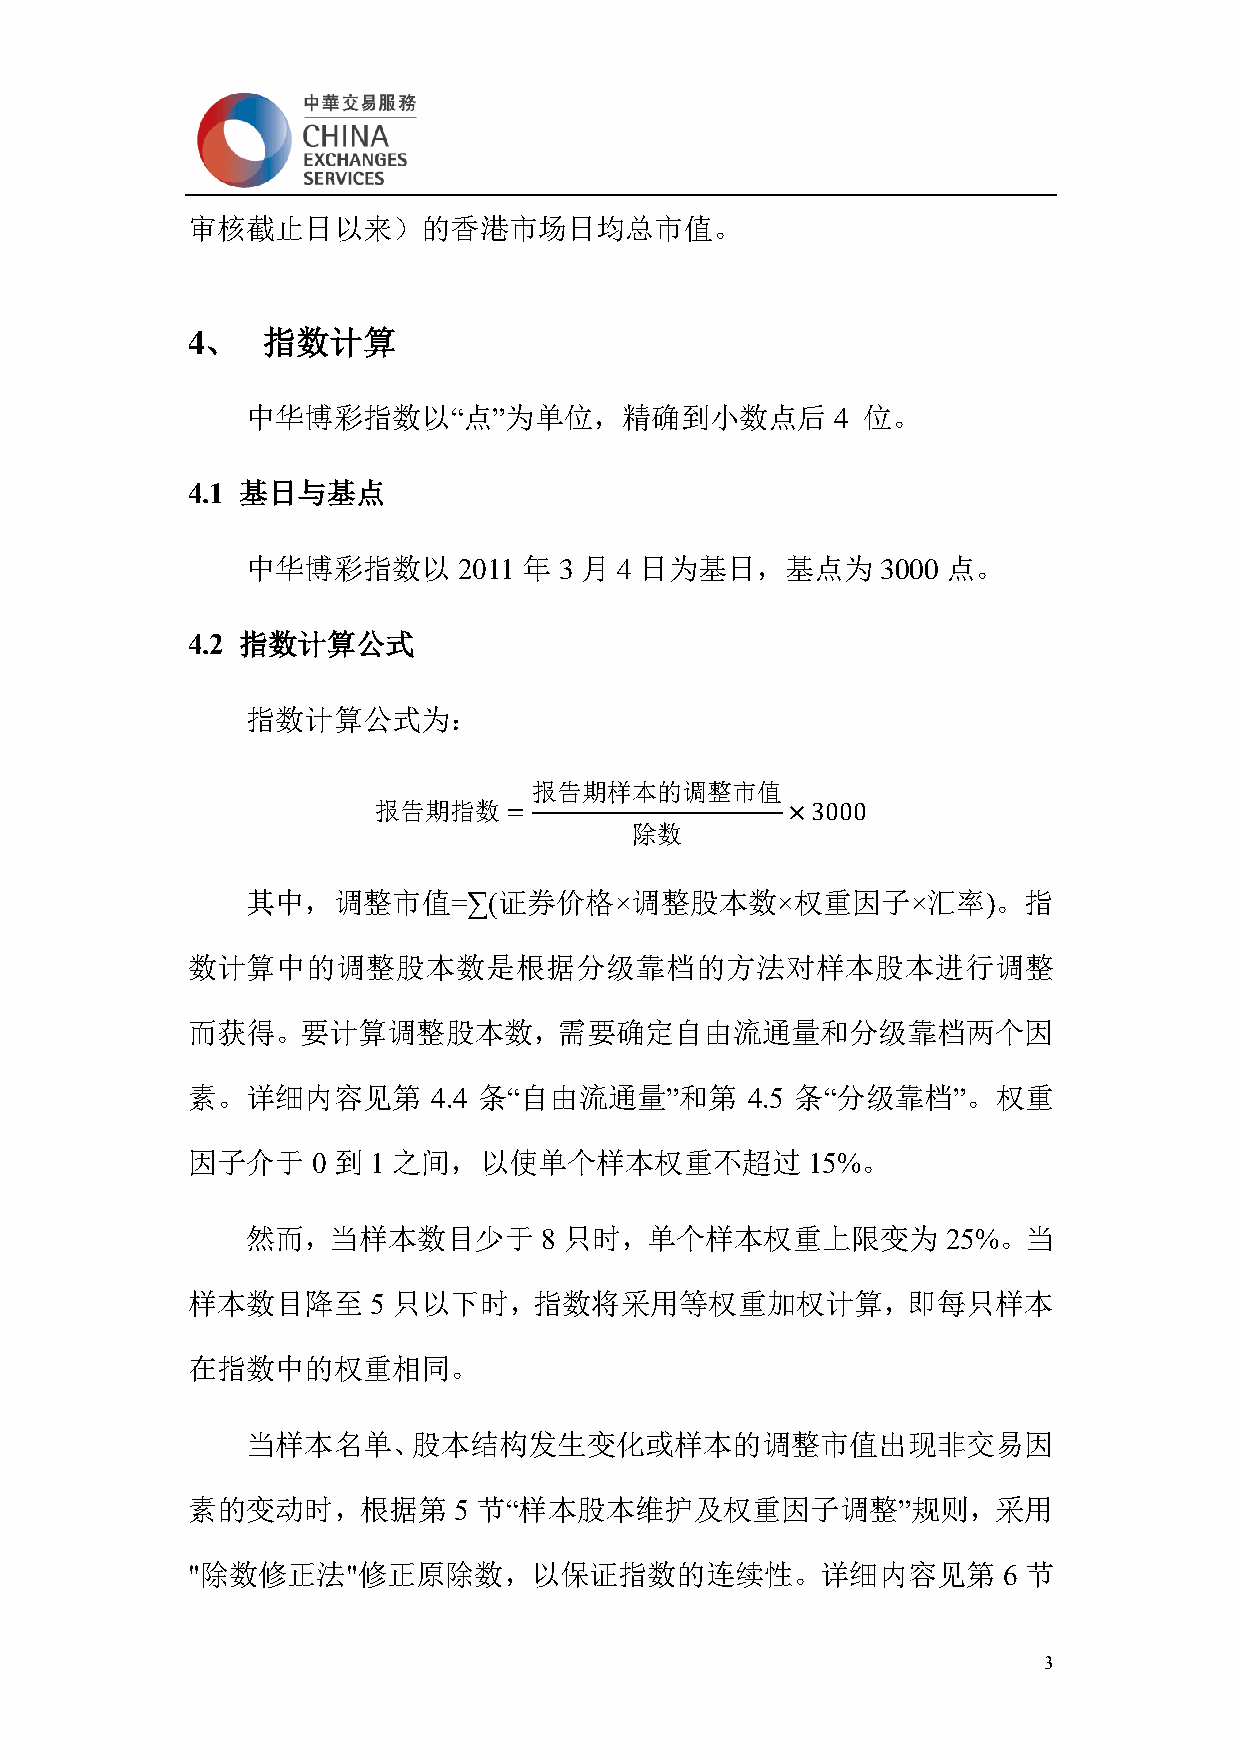
审核截止日以来）的香港市场日均总市值。
 4、   指数计算
 中华博彩指数以“点”为单位，精确到小数点后                  4 位。
 4.1 基日与基点
 中华博彩指数以       2011 年 3 月 4 日为基日，基点为       3000 点。
 4.2 指数计算公式
 指数计算公式为：
 报告期样本的调整市值
 报告期指数    =                 ×3000
 除数
 其中，调整市值=∑(证券价格×调整股本数×权重因子×汇率)。指
 数计算中的调整股本数是根据分级靠档的方法对样本股本进行调整
 而获得。要计算调整股本数，需要确定自由流通量和分级靠档两个因
 素。详细内容见第         4.4 条“自由流通量”和第      4.5 条“分级靠档”。权重
 因子介于     0 到 1 之间，以使单个样本权重不超过            15%。
 然而，当样本数目少于          8 只时，单个样本权重上限变为            25%。当
 样本数目降至      5 只以下时，指数将采用等权重加权计算，即每只样本
 在指数中的权重相同。
 当样本名单、股本结构发生变化或样本的调整市值出现非交易因
 素的变动时，根据第         5 节“样本股本维护及权重因子调整”规则，采用
 "除数修正法"修正原除数，以保证指数的连续性。详细内容见第                         6 节
 3